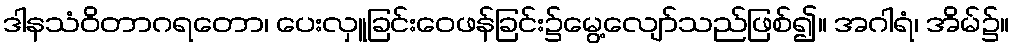
ဒါနသံဝိတာဂရတော၊ ပေးလှူခြင်းဝေဖန်ခြင်း၌မွေ့လျော်သည်ဖြစ်၍။ အဂါရံ၊ အိမ်၌။